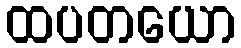
ထပတယော